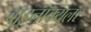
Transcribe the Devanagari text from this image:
बाइनॉक्युलर